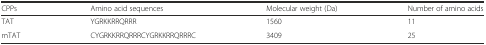
<table><thead><tr><td><b>CPPs</b></td><td><b>Amino acid sequences</b></td><td><b>Molecular weight (Da)</b></td><td><b>Number of amino acids</b></td></tr></thead><tbody><tr><td>TAT</td><td>YGRKKRRQRRR</td><td>1560</td><td>11</td></tr><tr><td>mTAT</td><td>CYGRKKRRQRRRCYGRKKRRQRRRC</td><td>3409</td><td>25</td></tr></tbody></table>